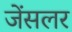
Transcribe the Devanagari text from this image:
जेंसलर